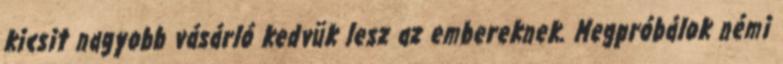
kicsit nagyobb vásárló kedvük lesz az embereknek. Megpróbálok némi